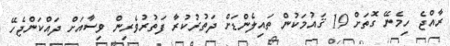
ރާއްޖެ ހިމެނޭ ގޮތަށް 19 ޤައުމަކުން ތައިލެންޑަށް ދަތުރުކުރާ ފަތުރުވެރިން ވިސާއަށް ދައްކަންޖެހޭ